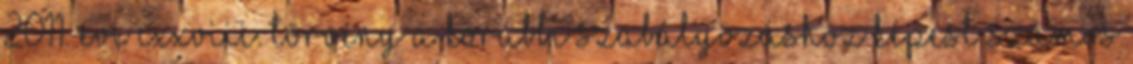
2011. évi CXXVIII. törvény a korábbi szabályozáshoz képest számos